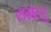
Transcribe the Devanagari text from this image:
समेटहु